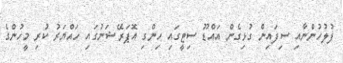
ފުލުހުންނާއި ސިފައިން ގުޅިގެން އައްޑޫ ސިޓީގައި ހިންގި އޮޕަރޭޝަނުގައި ހައްޔަރު ކުރި މީހުންގެ